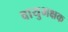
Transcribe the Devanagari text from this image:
वायुभक्षक